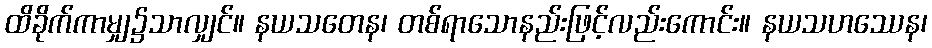
ထိခိုက်ကာမျှ၌သာလျှင်။ နယသတေန၊ တစ်ရာသောနည်းဖြင့်လည်းကောင်း။ နယသဟဿေန၊